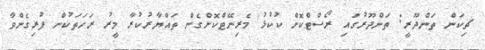
ޗިކަން ތަންދޫރީ: ތަންދޫރުގައި ރޯސްޓްކޮށް ކުކުޅު މެރިނޭޓްކޮށްގެން ތައްޔާރުކުރާ މީރު ރަހަތަކުން ފުރިގެންވާ